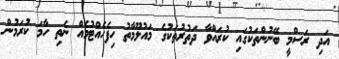
އަދި ރަސްމީ ބޭނުންތަކުގައި ކުރައްވާ ދަތުރުތަކުގެ މައުލޫމާތު ހިފެހެއްޓުމެއް ނެތި ހާމަ ކުރަމުން